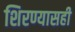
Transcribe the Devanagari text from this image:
शिरण्यासही